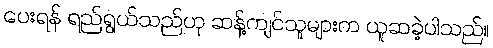
ပေးရန် ရည်ရွယ်သည်ဟု ဆန့်ကျင်သူများက ယူဆခဲ့ပါသည်။